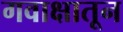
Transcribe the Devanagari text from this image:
गवाक्षातून